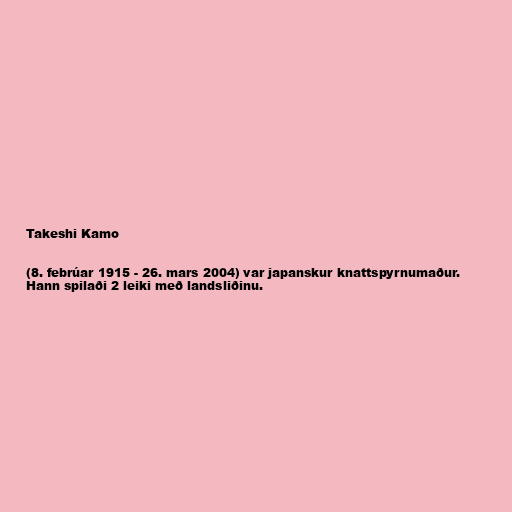
Takeshi Kamo

(8. febrúar 1915 - 26. mars 2004) var japanskur knattspyrnumaður.
Hann spilaði 2 leiki með landsliðinu.